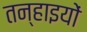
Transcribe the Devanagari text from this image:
तन्हाइयों